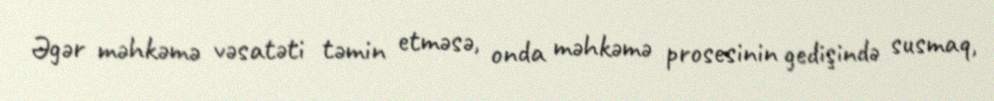
Əgər məhkəmə vəsatəti təmin etməsə, onda məhkəmə prosesinin gedişində susmaq,